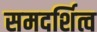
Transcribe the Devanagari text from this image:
समदर्शित्व